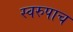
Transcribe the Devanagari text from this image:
स्वरुपाच